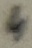
Text: 4